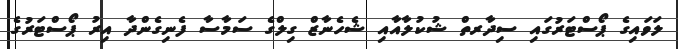
ލަވައިގެ ޕޯސްޓަރުގައި ސިދާރތް ޝުކުލާއާއި ޝެހެނާޒް ގިލްގެ ސަމާސާ ފެނިގެންދާ އިރު ޕޯސްޓަރުގެ